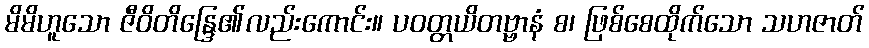
မိမိဟူသော ဇီဝိတိန္ဒြေ၏လည်းကောင်း။ ပဝတ္တယိတဗ္ဗာနံ စ၊ ဖြစ်စေထိုက်သော သဟဇာတ်